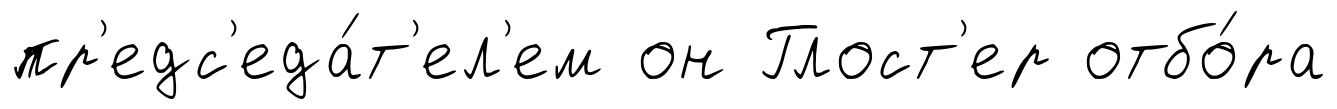
пр'едс'еда́т'ел'ем он Глост'ер отбо́ра